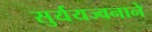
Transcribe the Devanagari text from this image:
सुर्ययज्वनाने